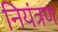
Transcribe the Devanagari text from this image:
नियंत्रण